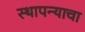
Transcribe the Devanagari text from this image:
स्थापन्याचा